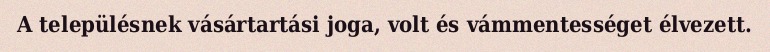
A településnek vásártartási joga, volt és vámmentességet élvezett.